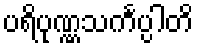
ပရိပုဏ္ဏသင်္ကပ္ပါတိ